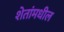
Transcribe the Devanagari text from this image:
शेतांमधील